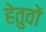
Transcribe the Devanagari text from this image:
हेतुवों